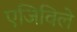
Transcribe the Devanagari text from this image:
एजिविले